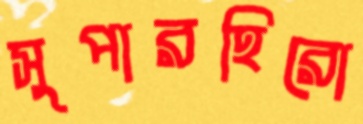
সুপারহিরো